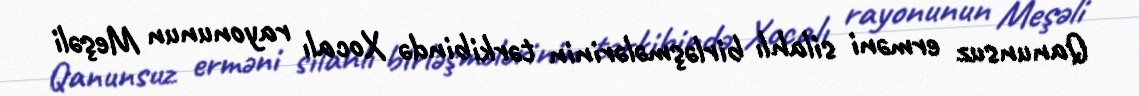
Qanunsuz erməni silahlı birləşmələrinin tərkibində Xocalı rayonunun Meşəli